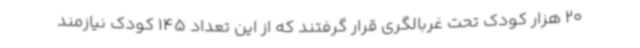
20 هزار کودک تحت غربالگری قرار گرفتند که از این تعداد 145 کودک نیازمند